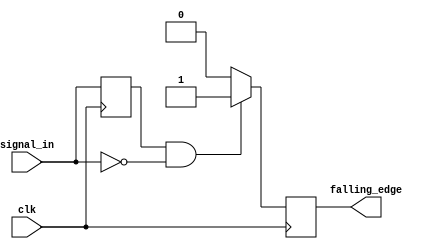
module falling_edge_detector (
    input wire clk,          // Clock signal
    input wire signal_in,    // Input signal to detect falling edge
    output reg falling_edge   // Output pulse indicating falling edge
);

    reg prev_signal;         // Register to store the previous state of signal_in

    always @(posedge clk) begin
        // Store the current state of signal_in in prev_signal
        prev_signal <= signal_in;

        // Falling edge detection logic
        if (prev_signal == 1'b1 && signal_in == 1'b0) begin
            falling_edge <= 1'b1; // Set falling_edge high for one clock cycle
        end else begin
            falling_edge <= 1'b0; // Reset falling_edge
        end
    end

endmodule